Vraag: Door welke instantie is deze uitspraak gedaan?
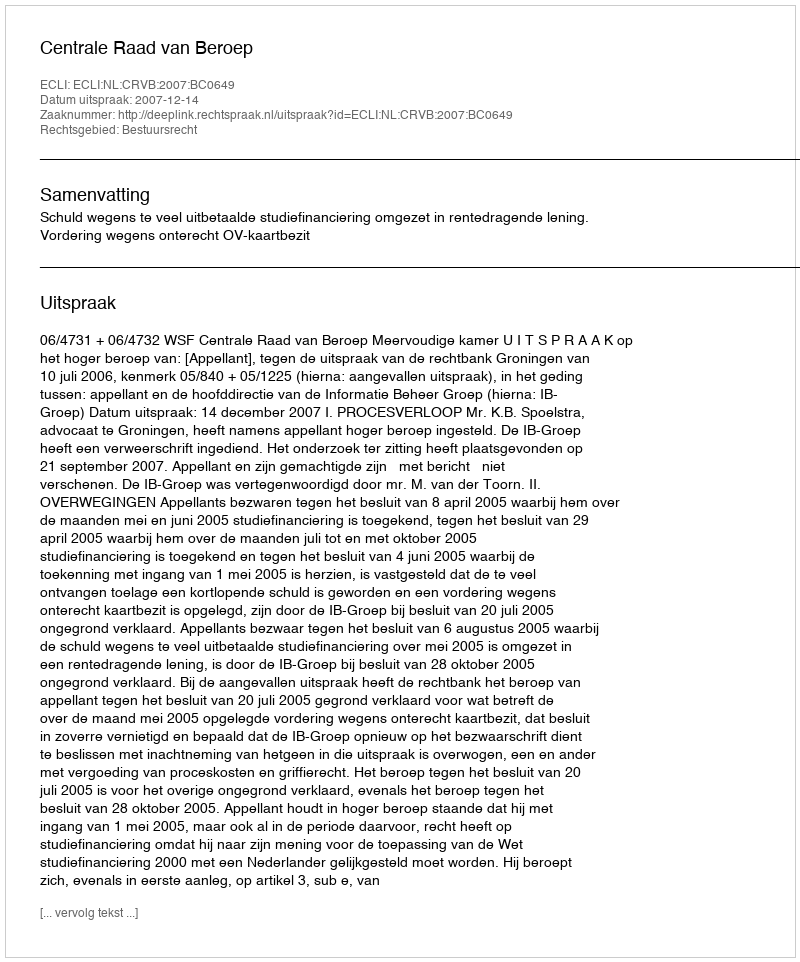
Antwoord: Centrale Raad van Beroep